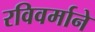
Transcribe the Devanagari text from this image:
रविवर्माने